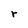
Character: r